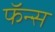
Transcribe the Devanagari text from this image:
फॅन्स